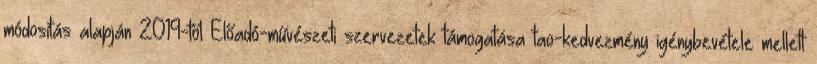
módosítás alapján 2019-től Előadó-művészeti szervezetek támogatása tao-kedvezmény igénybevétele mellett